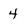
Character: 4